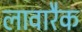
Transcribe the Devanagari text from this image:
लावारैक